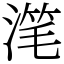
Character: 滗